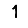
Digit: 1